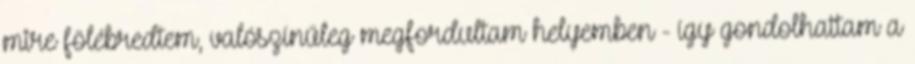
mire fölébredtem, valószínűleg megfordultam helyemben - így gondolhattam a